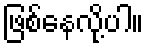
ဖြစ်နေလို့ပါ။